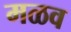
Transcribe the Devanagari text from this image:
मळव